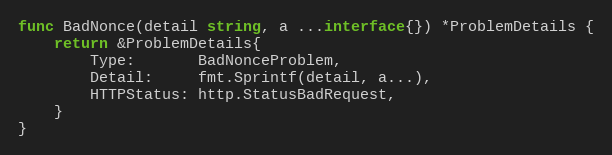
Language: Go
func BadNonce(detail string, a ...interface{}) *ProblemDetails {
	return &ProblemDetails{
		Type:       BadNonceProblem,
		Detail:     fmt.Sprintf(detail, a...),
		HTTPStatus: http.StatusBadRequest,
	}
}